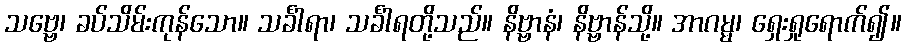
သဗ္ဗေ၊ ခပ်သိမ်းကုန်သော။ သင်္ခါရာ၊ သင်္ခါရတို့သည်။ နိဗ္ဗာနံ၊ နိဗ္ဗာန်သို့။ အာဂမ္မ၊ ရှေးရှုရောက်၍။